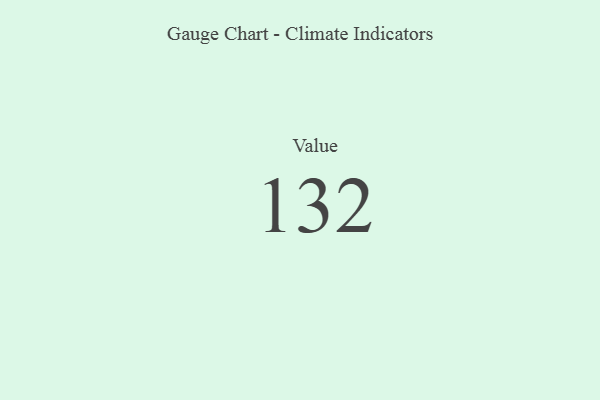
{"axis": {"x": "Metric", "y": "Value"}, "legend": [""], "data": [{"x": "Value", "y": 132, "type": ""}]}